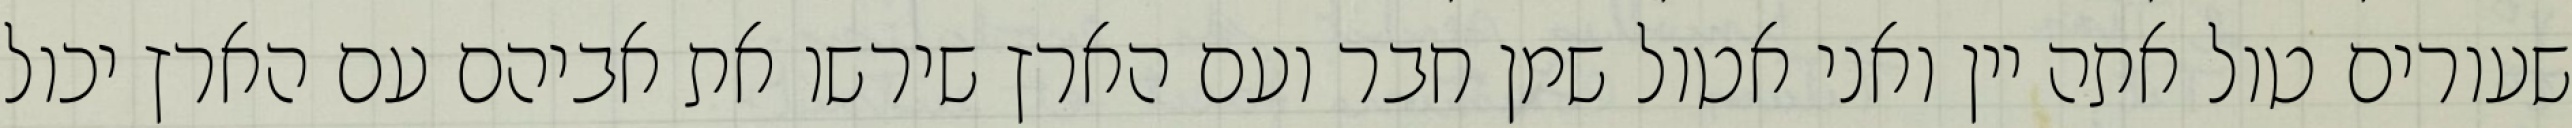
שעורים טול אתה יין ואני אטול שמן חבר ועם הארץ שירשו את אביהם עם הארץ יכול